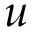
u